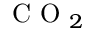
\textup { C O } _ { 2 }